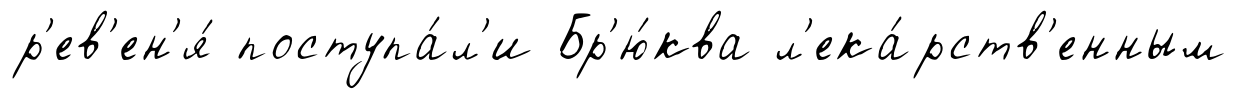
р'ев'ен'я́ поступа́л'и Бр'ю́ква л'ека́рств'енным